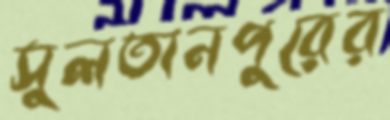
সুলতানপুরের